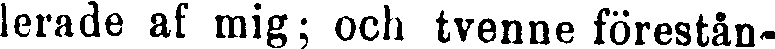
lerade af mig; och tvenne förestån-